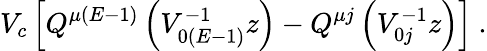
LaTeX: V_{c}\left[Q^{\mu(E-1)}\left(V_{0(E-1)}^{-1}z\right)-Q^{\mu j}\left(V_{0j}^{-1}z\right)\right]\ .